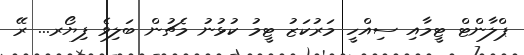
ޕްލާންޓް ޓީމާއި ސިއްހީ މަރުކަޒު ޓީމު ކުޅުނު މެޗުން ބަލިވެ ފިޔޯރ... ރޭ